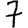
Digit: 7